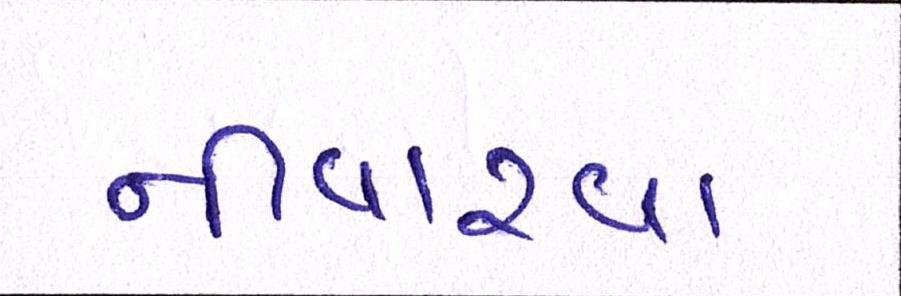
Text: નીવારવા